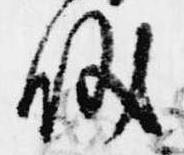
儀